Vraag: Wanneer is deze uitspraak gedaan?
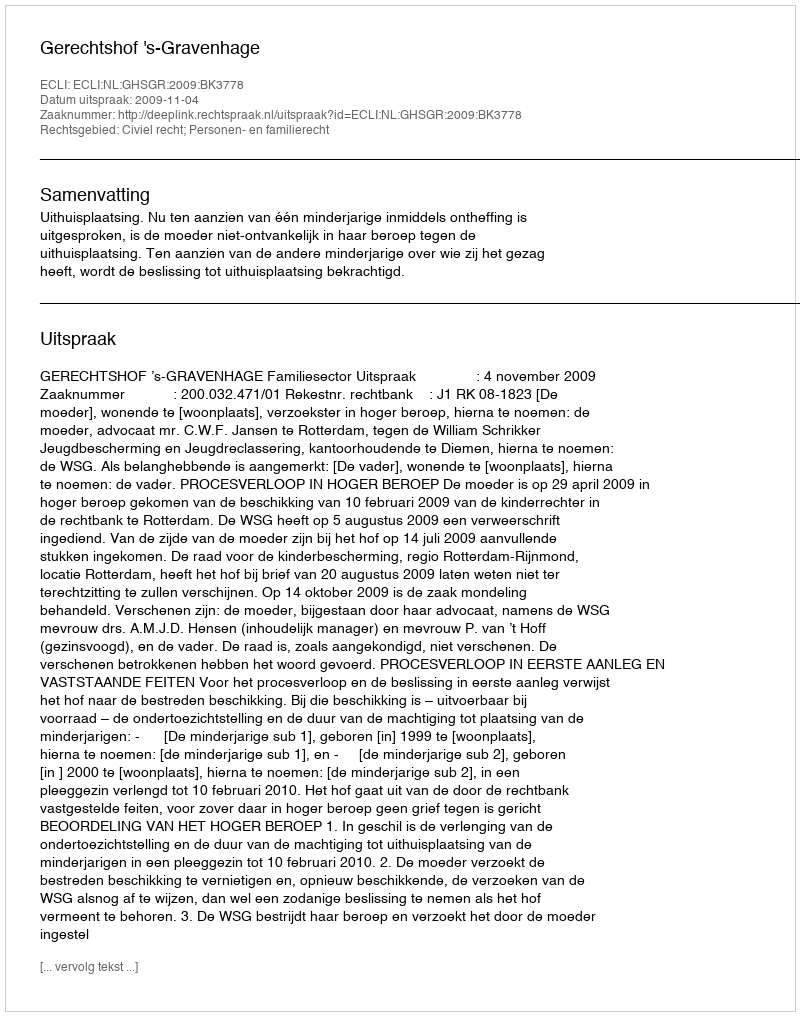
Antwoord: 2009-11-04